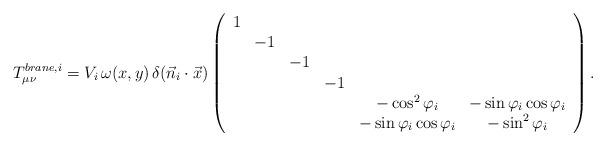
LaTeX: \begin{align*}T_{\mu \nu}^{brane,i}= V_i\, \omega(x,y) \,\delta (\vec{n}_i \cdot \vec{x}) \left( \begin{array}{cccccc}1\\&-1\\&&-1\\&&&-1\\&&&& -\cos^2 \varphi_i & -\sin \varphi_i \cos \varphi_i \\&&&& -\sin \varphi_i \cos \varphi_i & -\sin^2 \varphi_i \end{array} \right ).\end{align*}